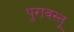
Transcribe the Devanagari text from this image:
पुरावस्तू